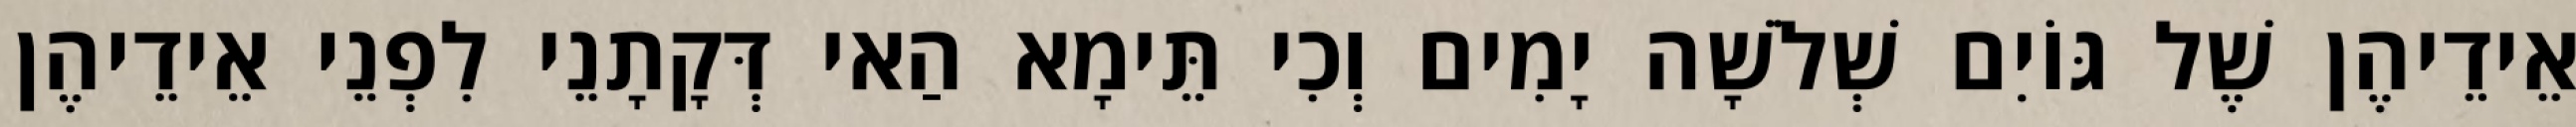
אֵידֵיהֶן שֶׁל גּוֹיִם שְׁלֹשָׁה יָמִים וְכִי תֵּימָא הַאי דְּקָתָנֵי לִפְנֵי אֵידֵיהֶן